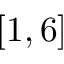
[ 1 , 6 ]